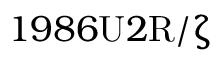
1 9 8 6 \mathrm { U } 2 \mathrm { R } / \upzeta